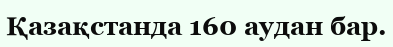
Қазақстанда 160 аудан бар.